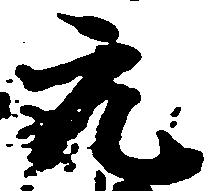
元